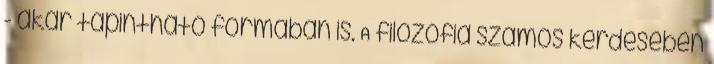
- akár tapintható formában is. A filozófia számos kérdésében